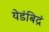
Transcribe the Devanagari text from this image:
येडंबिद्रं